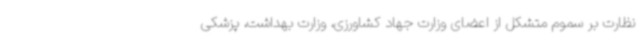
نظارت بر سموم متشکل از اعضای وزارت جهاد کشاورزی، وزارت بهداشت، پزشکی